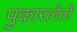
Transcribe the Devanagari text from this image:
पुकारलेले